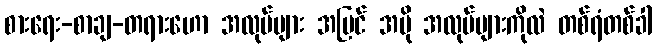
စားရေး-စာချ-တရားဟော အလုပ်များ အပြင် အပို အလုပ်များကိုလဲ တစ်ရံတစ်ခါ